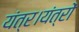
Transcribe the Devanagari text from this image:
यंत्र।यंत्रों